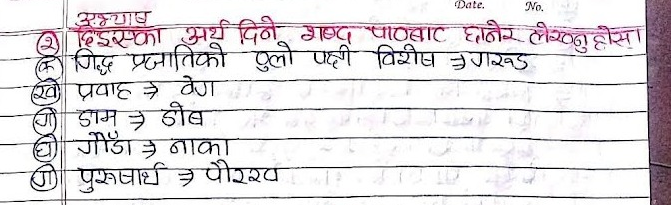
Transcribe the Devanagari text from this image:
दिइएका अर्थ दिने शब्द पाठबाट छानेर लेखनुहोसा
गिद्ध प्रजातिको ठुलो पक्षी विशेष गरुड
(ख) प्रवाह वेग
(ग) डाम डोब
गौंडा नाका
पुरुषार्थ पौरख